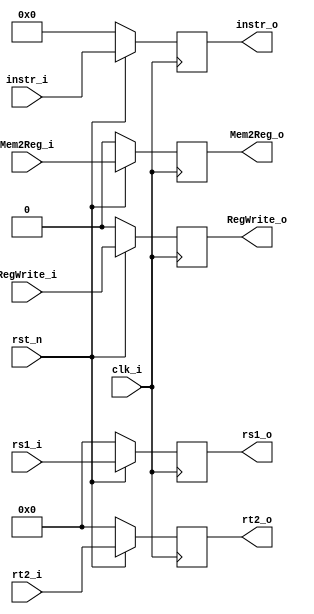
module MEM_Reg( clk_i, rst_n, rs1_i, rs1_o, rt2_i, rt2_o, instr_i, instr_o, Mem2Reg_i, Mem2Reg_o, RegWrite_i, RegWrite_o );

//I/O ports
input           clk_i;
input           rst_n;
input  [32-1:0] rs1_i;
input  [32-1:0] rt2_i;
input  [5-1:0] instr_i;
	//WB
input  Mem2Reg_i;
input  RegWrite_i;


output reg [32-1:0] rs1_o;
output reg [32-1:0] rt2_o;
output reg [5-1:0] instr_o;
	//WB
output reg Mem2Reg_o;
output reg RegWrite_o;   

//Internal signals/registers   
/*reg  signed [32-1:0] rs1_reg;
reg  signed [32-1:0] rt2_reg;
reg  signed	[5-1:0] instr_reg;
	//WB
reg  signed	Mem2Reg_reg;
reg  signed	RegWrite_reg; 

wire		[32-1:0] rs1_o;
wire		[32-1:0] rt2_o;
wire		[5-1:0] instr_o;
	//WB
wire		Mem2Reg_o;
wire		RegWrite_o;  */

//Read the data
/*assign rs1_o = rs1_reg;
assign rt2_o = rt2_reg;
assign instr_o = instr_reg;
	//WB
assign Mem2Reg_o = Mem2Reg_reg;
assign RegWrite_o = RegWrite_reg; */     

//Writing data when postive edge clk_i was set.
always @( posedge clk_i  ) begin
    if(rst_n == 0) begin
		rs1_o <= 0;
		rt2_o <= 0;
		instr_o <= 0;
			//WB
		Mem2Reg_o <= 0;
		RegWrite_o <= 0; 
	end
    else begin
		rs1_o <= rs1_i;
		rt2_o <= rt2_i;
		instr_o <= instr_i;
			//WB
		Mem2Reg_o <= Mem2Reg_i;
		RegWrite_o <= RegWrite_i;  
	end
end

endmodule